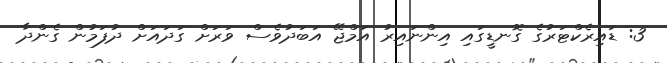
3: ޑައިރެކްޓަރުގެ ގޮނޑީގައި އިންނައިރު އަމްޖޭ އަބަދުވެސް ވަރަށް ގަދައަށް ދުފަމުން ގެންދާ